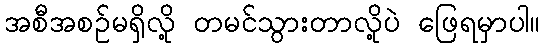
အစီအစဉ်မရှိလို့ တမင်သွားတာလို့ပဲ ဖြေရမှာပါ။